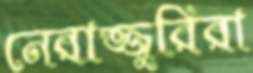
নেরাজ্জুরিরা